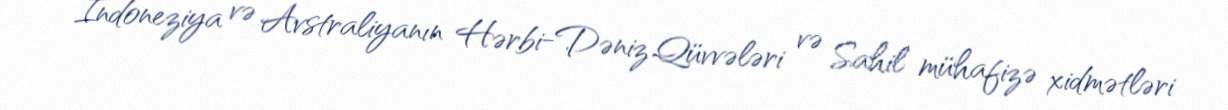
İndoneziya və Avstraliyanın Hərbi-Dəniz Qüvvələri və Sahil mühafizə xidmətləri